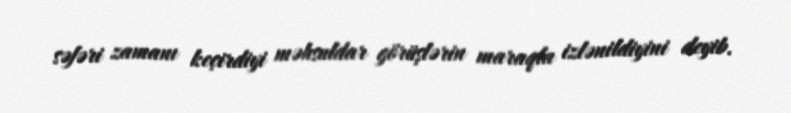
səfəri zamanı keçirdiyi məhsuldar görüşlərin maraqla izlənildiyini deyib.